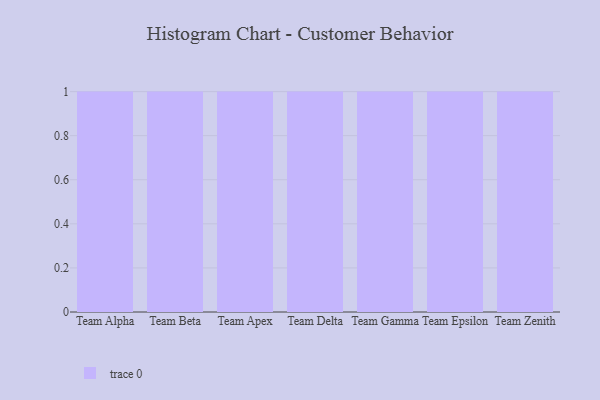
{"axis": {"x": "Team", "y": "Satisfaction Score"}, "legend": [""], "data": [{"x": "Team Alpha", "y": 62, "type": ""}, {"x": "Team Beta", "y": 6, "type": ""}, {"x": "Team Apex", "y": 16, "type": ""}, {"x": "Team Delta", "y": 11, "type": ""}, {"x": "Team Gamma", "y": 83, "type": ""}, {"x": "Team Epsilon", "y": 53, "type": ""}, {"x": "Team Zenith", "y": 50, "type": ""}]}